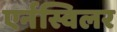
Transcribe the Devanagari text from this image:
एर्नस्विलर